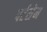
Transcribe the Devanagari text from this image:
पर्टसेम